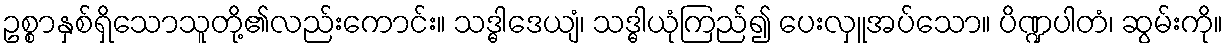
ဥစ္စာနှစ်ရှိသောသူတို့၏လည်းကောင်း။ သဒ္ဓါဒေယျံ၊ သဒ္ဓါယုံကြည်၍ ပေးလှူအပ်သော။ ပိဏ္ဍပါတံ၊ ဆွမ်းကို။